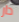
دار